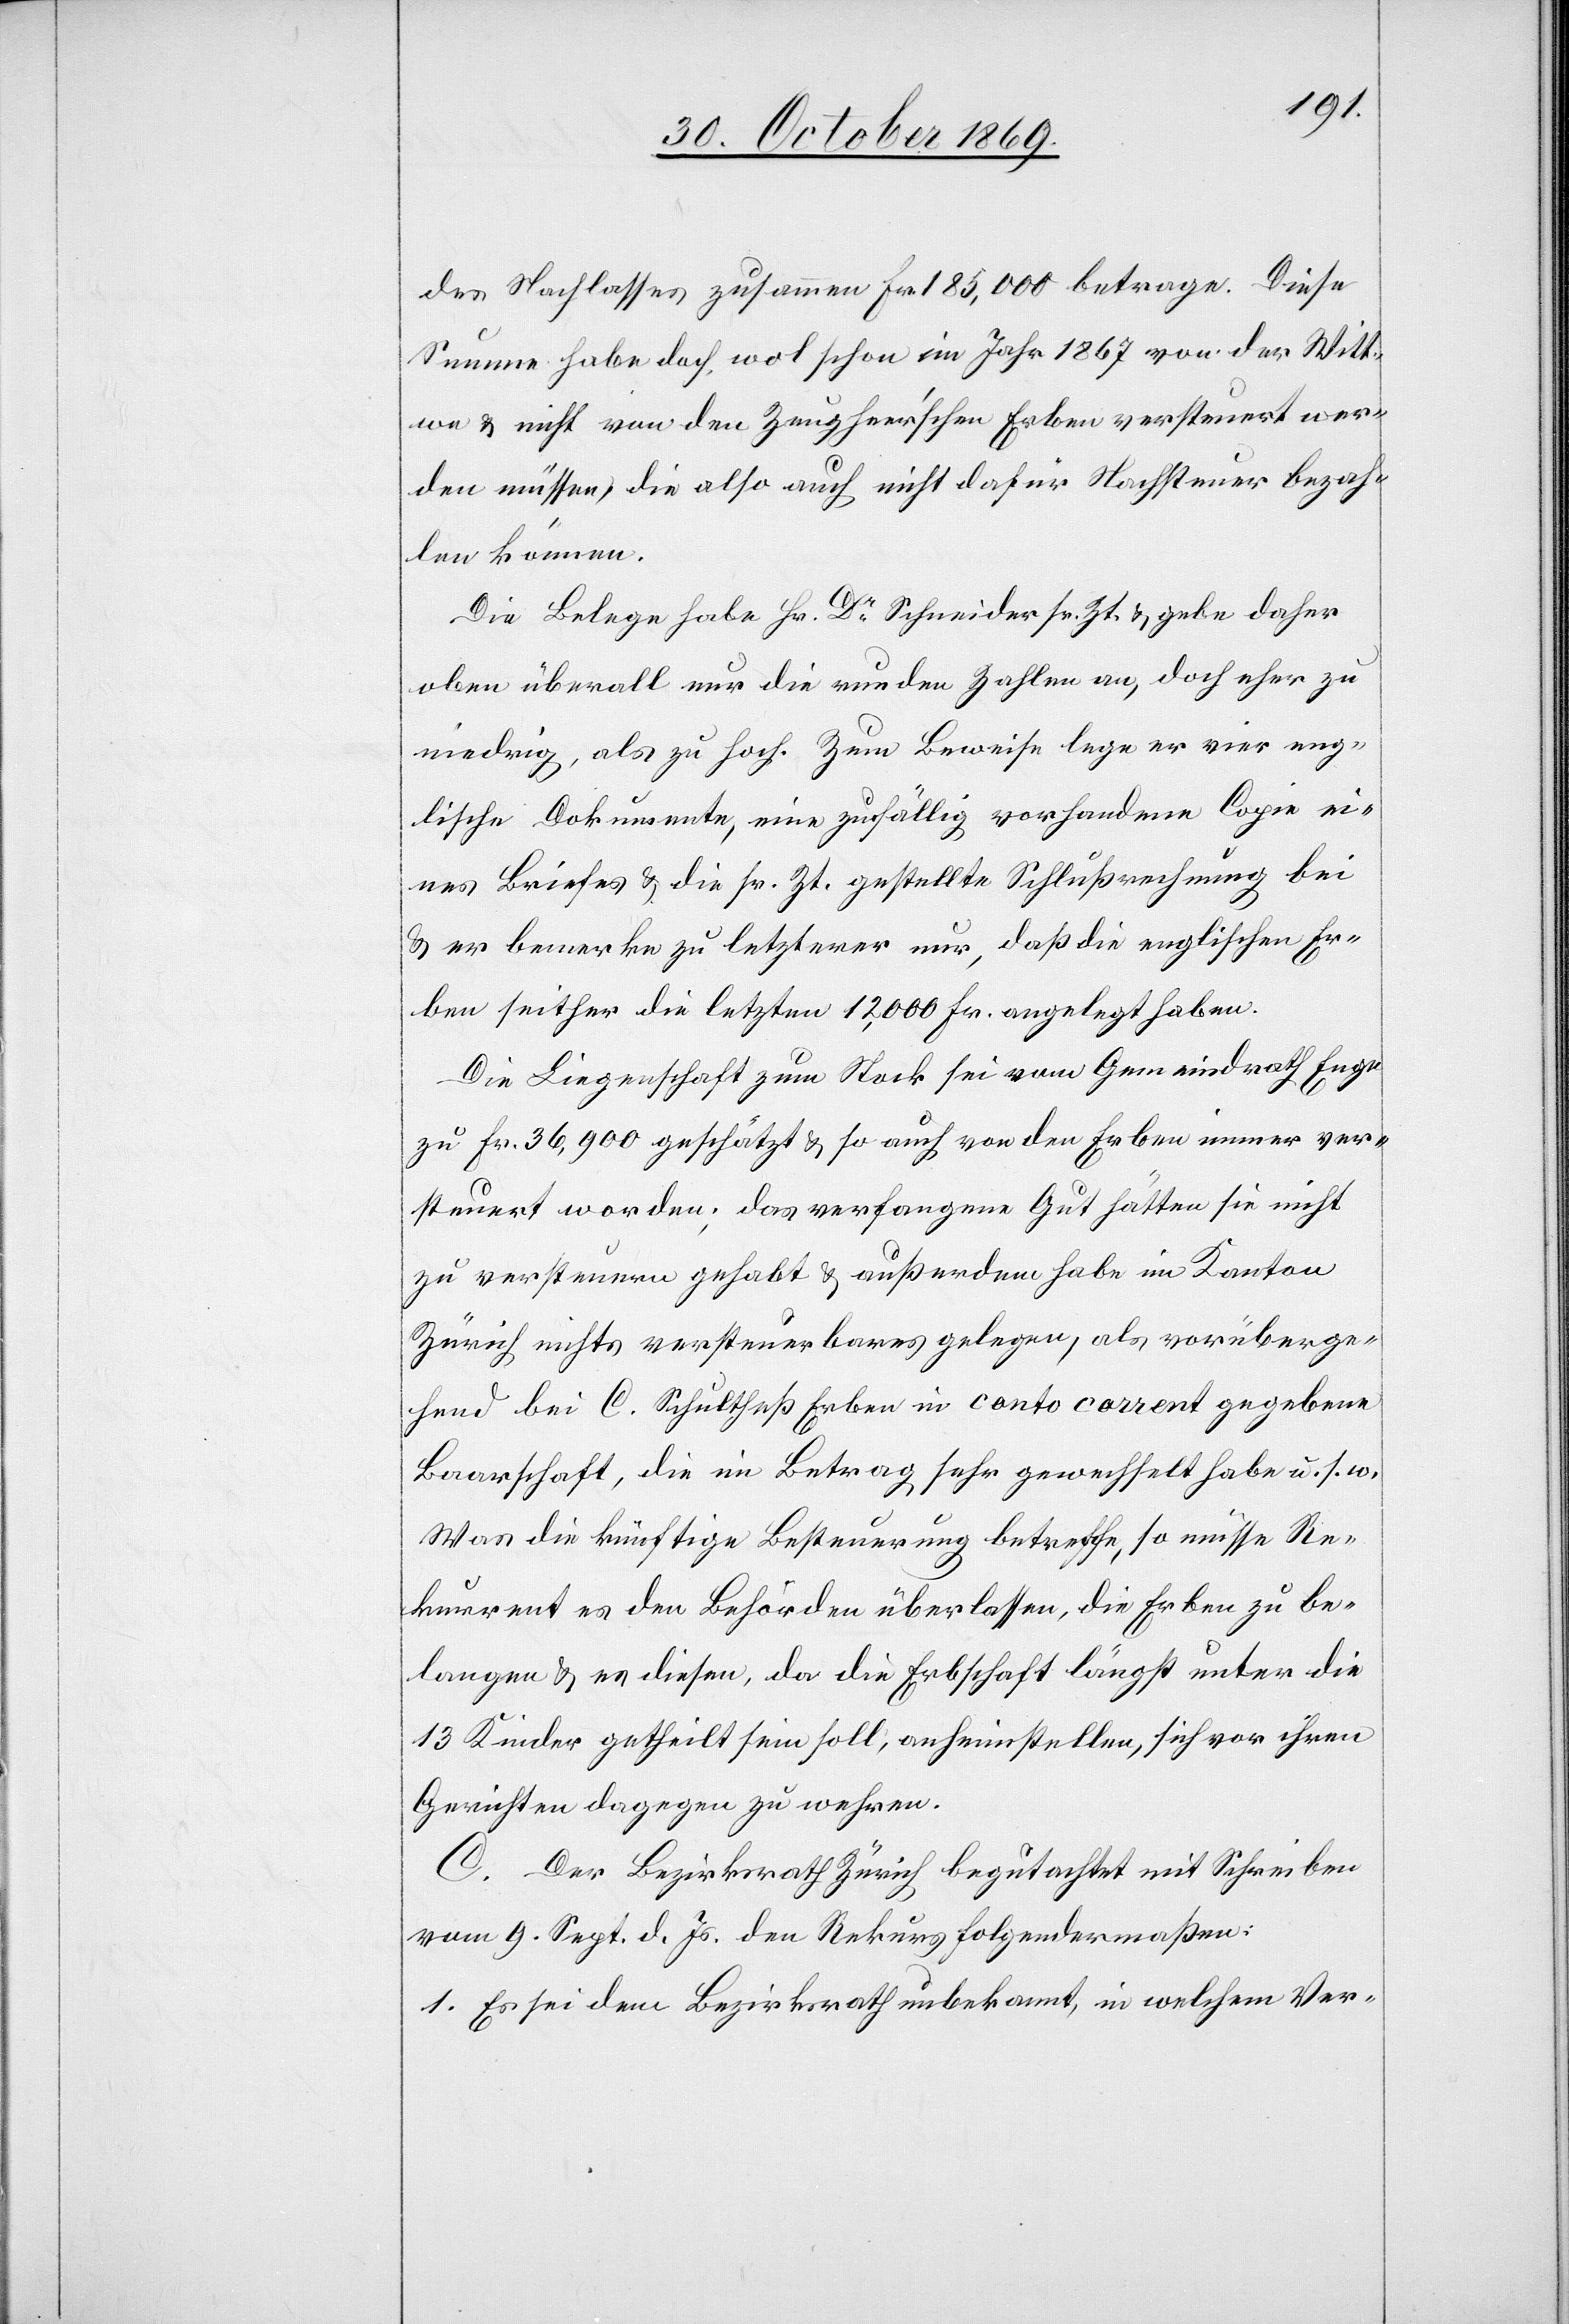
des Nachlasses zusammen Fr. 185,000 betrage. Diese
Summe habe doch, wol schon im Jahr 1867 von der Witt¬
we & nicht von den Zeugheer’schen Erben versteuert wer¬
den müssen, die also auch nicht dafür Nachsteuer bezah¬
len können.
Die Belege habe Hr. Dr Schneider sr. Zt. & gebe daher
oben überall nur die runden Zahlen an, doch eher zu
niedrig, als zu hoch. Zum Beweise lege er vier eng¬
lische Dokumente, eine zufällig vorhandene Copie ei¬
nes Briefes & die sr. Zt. gestellte Schlußrechnung bei
& er bemerke zu letzterer nur, daß die englischen Er¬
ben seither die letzten 12,000 Fr. angelegt haben.
Die Liegenschaft zum Stock sei vom Gemeindrath Enge
zu Fr. 36,900 geschätzt & so auch von den Erben immer ver¬
steuert worden; das verfangene Gut hatten sie nicht
zu versteuern gehabt & außerdem habe im Kanton
Zürich nichts versteuerbares gelegen, als vorüberge¬
hend bei C. Schultheß Erben in conto corrent gegebene
Baarschaft, die im Betrag sehr gewechselt habe u. s. w.
Was die künftige Besteuerung betreffe, so müsse Re¬
kurrent es den Behörden überlassen, die Erben zu be¬
langen & es diesen, da die Erbschaft längst unter die
13 Kinder getheilt sein soll, anheimstellen, sich vor ihren
Gerichten dagegen zu wehren.
C. Der Bezirksrath Zürich begutachtet mit Schreiben
vom 9. Sept. d. Js. den Rekurs folgendermaßen:
1. Es sei dem Bezirksrath unbekannt, in welchem Ver-